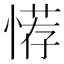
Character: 𢞻